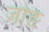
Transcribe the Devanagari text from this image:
जोङ